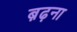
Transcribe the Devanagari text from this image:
ब़ढ़ना